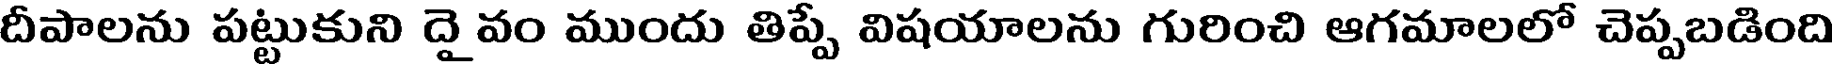
దీపాలను పట్టుకుని దై వం ముందు తిప్పే విషయాలను గురించి ఆగమాలలో చెప్పబడింది